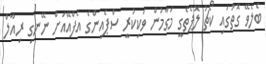
ބެލެވޭ ގޮތުގައި ކޯޗު ލޮޕެތެގީ މަގާމުން ވަކިކުރީ ސްޕެއިންގެ އެފްއޭއަށް ނޭނގި ރިއާލް